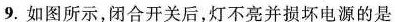
9.如图所示，闭合开关后，灯不亮并损坏电源的是